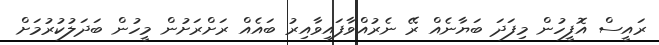
ރައީސް އޮފީހުން މިފަދަ ބަޔާނެއް ރޭ ނެރުއްވާފައިވާއިރު ބައެއް ރަށްރަށުން މީހުން ބަދަލުކުރުމަށް